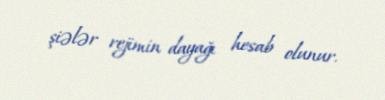
şiələr rejimin dayağı hesab olunur.